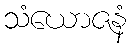
သံယောဇနံ